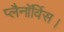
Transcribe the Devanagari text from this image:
प्लैनॉर्विस।